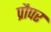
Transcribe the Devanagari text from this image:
प्रौपर